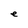
Character: e